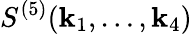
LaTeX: S^{(5)}(\mathbf{k}_{1},\ldots,\mathbf{k}_{4})